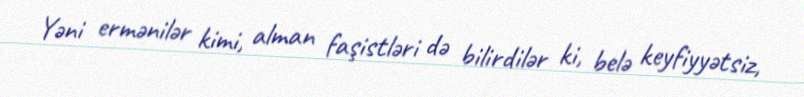
Yəni ermənilər kimi, alman faşistləri də bilirdilər ki, belə keyfiyyətsiz,